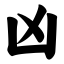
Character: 凶